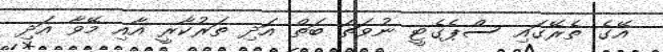
އޭގެ ތެރޭގައި ސްޕެގެޓީ ނުވަތަ ބަތް އަދި ތަރުކާރީ އާއި މޭވާ އަދި